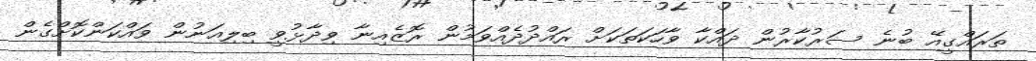
ތަރައްގީއޭ ބުނެ ސަރުކާރުން ދައްކާ ވާހަކަތަކަށް ރައްދުދެއްވަމުން ރޮޒެއިނާ ވިދާޅުވީ ބިލިއަނުން ވައްކަންކޮށްގެން